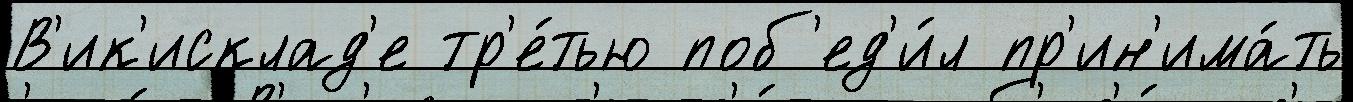
В'ик'исклад'е тр'е́тью поб'ед'и́л пр'ин'има́ть